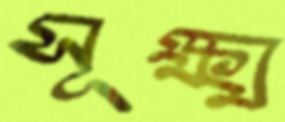
সূক্ষ্ম